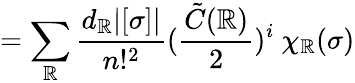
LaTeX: =\sum_{\mathbb{R}}\frac{{d_{\mathbb{R}}|[\sigma]|}}{{n!^{2}}}(\frac{{{\tilde{{C}}}(\mathbb{R})}}{{2}})^{i}\ \chi_{\mathbb{R}}(\sigma)